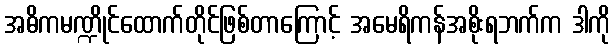
အဓိကမဏ္ဍိုင်ထောက်တိုင်ဖြစ်တာကြောင့် အမေရိကန်အစိုးရဘက်က ဒါကို